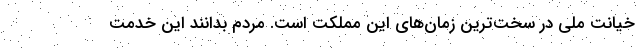
خیانت ملی در سخت‌ترین زمان‌های این مملکت است. مردم بدانند این خدمت